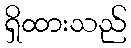
ရှိထားသည်